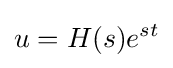
u=H(s)e^{st}